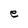
Character: e